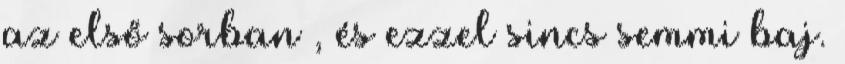
az első sorban , és ezzel sincs semmi baj.